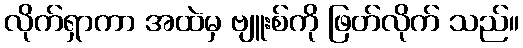
လိုက်ရှာကာ အထဲမှ ဗျူးစ်ကို ဖြတ်လိုက် သည်။